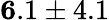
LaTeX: {\mathbf 6.1\pm 4.1}